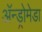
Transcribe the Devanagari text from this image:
अॅन्ड्रोमेडा